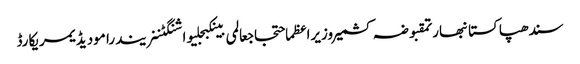
سندھپاکستانبھارتمقبوضہ کشمیروزیراعظماحتجاجعالمی بینکبجلیواشنگٹننریندرا مودیڈیمریکارڈ